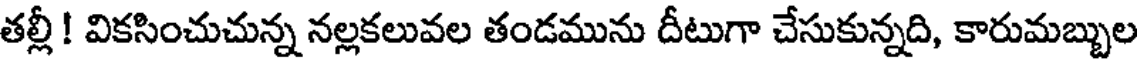
తల్లీ ! వికసించుచున్న నల్లకలువల తండమును దీటుగా చేసుకున్నది, కారుమబ్బుల